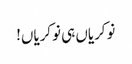
نوکریاں ہی نوکریاں!